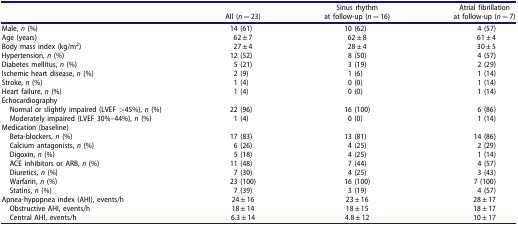
<table><thead><tr><td></td><td><b>All (<i>n</i> = 23)</b></td><td><b>Sinus rhythm at follow-up (<i>n</i> = 16)</b></td><td><b>Atrial fibrillation at follow-up (<i>n</i> = 7)</b></td></tr></thead><tbody><tr><td>Male, <i>n</i> (%)</td><td>14 (61)</td><td>10 (62)</td><td>4 (57)</td></tr><tr><td>Age (years)</td><td>62 ± 7</td><td>62 ± 8</td><td>61 ± 4</td></tr><tr><td>Body mass index (kg/m<sup>2</sup>)</td><td>27 ± 4</td><td>28 ± 4</td><td>30 ± 5</td></tr><tr><td>Hypertension, <i>n</i> (%)</td><td>12 (52)</td><td>8 (50)</td><td>4 (57)</td></tr><tr><td>Diabetes mellitus, <i>n</i> (%)</td><td>5 (21)</td><td>3 (19)</td><td>2 (29)</td></tr><tr><td>Ischemic heart disease, <i>n</i> (%)</td><td>2 (9)</td><td>1 (6)</td><td>1 (14)</td></tr><tr><td>Stroke, <i>n</i> (%)</td><td>1 (4)</td><td>0 (0)</td><td>1 (14)</td></tr><tr><td>Heart failure, <i>n</i> (%)</td><td>1 (4)</td><td>0 (0)</td><td>1 (14)</td></tr><tr><td>Echocardiography</td><td></td><td></td><td></td></tr><tr><td> Normal or slightly impaired (LVEF &gt;45%), <i>n</i> (%)</td><td>22 (96)</td><td>16 (100)</td><td>6 (86)</td></tr><tr><td> Moderately impaired (LVEF 30%–44%), <i>n</i> (%)</td><td>1 (4)</td><td>0 (0)</td><td>1 (14)</td></tr><tr><td>Medication (baseline)</td><td></td><td></td><td></td></tr><tr><td> Beta-blockers, <i>n</i> (%)</td><td>17 (83)</td><td>13 (81)</td><td>14 (86)</td></tr><tr><td> Calcium antagonists, <i>n</i> (%)</td><td>6 (26)</td><td>4 (25)</td><td>2 (29)</td></tr><tr><td> Digoxin, <i>n</i> (%)</td><td>5 (18)</td><td>4 (25)</td><td>1 (14)</td></tr><tr><td> ACE inhibitors or ARB, <i>n</i> (%)</td><td>11 (48)</td><td>7 (44)</td><td>4 (57)</td></tr><tr><td> Diuretics, <i>n</i> (%)</td><td>7 (30)</td><td>4 (25)</td><td>3 (43)</td></tr><tr><td> Warfarin, <i>n</i> (%)</td><td>23 (100)</td><td>16 (100)</td><td>7 (100)</td></tr><tr><td> Statins, <i>n</i> (%)</td><td>7 (39)</td><td>3 (19)</td><td>4 (57)</td></tr><tr><td>Apnea-hypopnea index (AHI), events/h</td><td>24 ± 16</td><td>23 ± 16</td><td>28 ± 17</td></tr><tr><td> Obstructive AHI, events/h</td><td>18 ± 14</td><td>18 ± 15</td><td>18 ± 17</td></tr><tr><td> Central AHI, events/h</td><td>6.3 ± 14</td><td>4.8 ± 12</td><td>10 ± 17</td></tr></tbody></table>